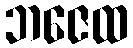
ဘဇေထ